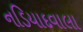
નડિયાદવાલા